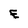
Character: E